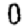
Digit: 0